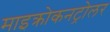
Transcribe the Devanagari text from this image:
माइक्रोकनट्रोलर